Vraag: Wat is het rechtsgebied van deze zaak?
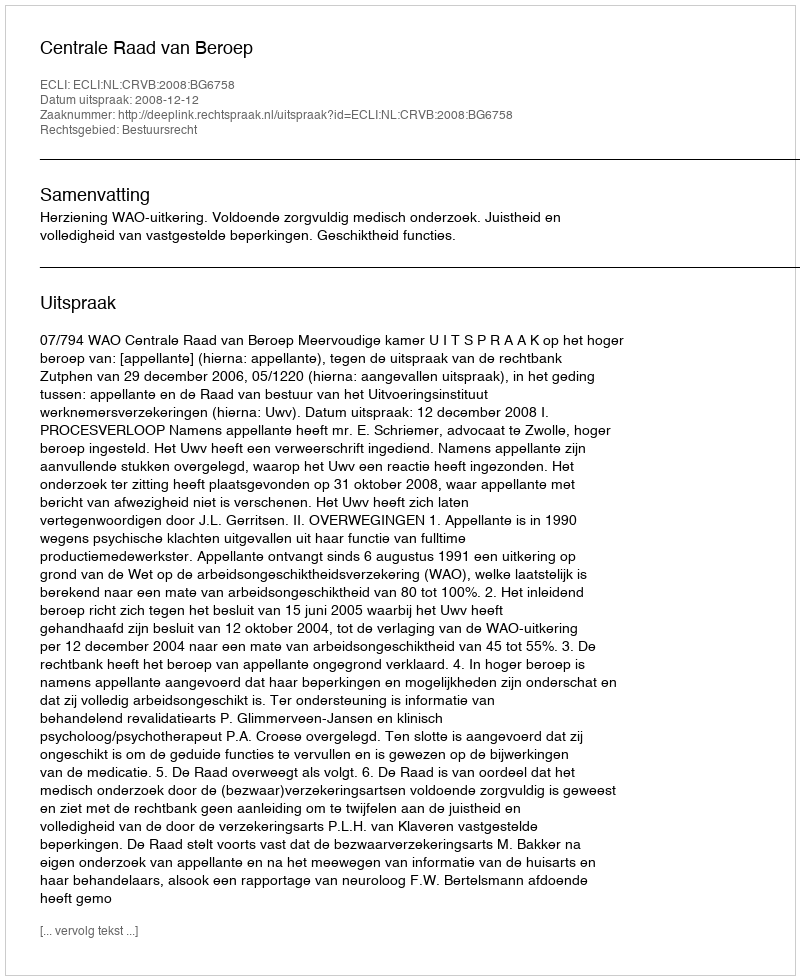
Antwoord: Bestuursrecht